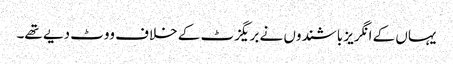
یہاں کے انگریز باشندوں نے بریگزٹ کے خلاف ووٹ دیے تھے۔